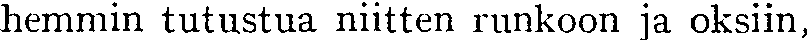
hemmin tutustua niitten runkoon ja oksiin,